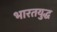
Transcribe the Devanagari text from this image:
भारतयुद्ध